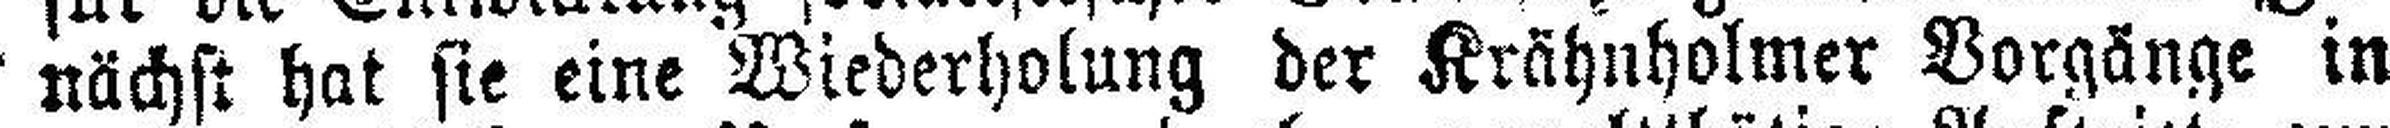
nächst hat sie eine Wiederholung der Krähnholmer Vorgänge in